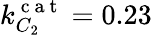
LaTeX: k_{C_{2}}^{\mathrm{~c~a~t~}}=0.23